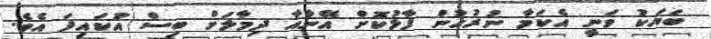
ބަޔަކު ވަނީ އެކަމާ ނުރުހުން ފާޅުކޮށް އޭނާއާ ދިމާލަށް ބިސް އުކައިފަ އެވެ.